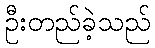
ဦးတည်ခဲ့သည်